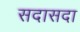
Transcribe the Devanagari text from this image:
सदासदा